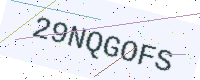
Text: 29NQGOFS